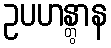
ဥပဟန္တွာန